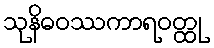
သုနိဓဝဿကာရဝတ္ထု